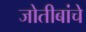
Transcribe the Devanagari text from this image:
जोतीबांचे